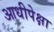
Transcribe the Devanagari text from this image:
आधीपेक्षा